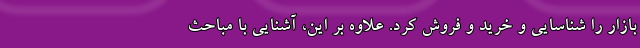
بازار را شناسایی و خرید و فروش کرد. علاوه بر این، آشنایی با مباحث